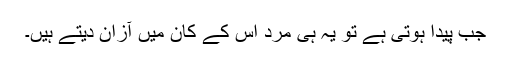
جب پیدا ہوتی ہے تو یہ ہی مرد اس کے کان میں آزان دیتے ہیں۔